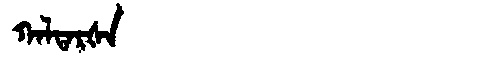
Manchu: ᡴᠠᠯᡨᠠᡵᡧᠠ
Romanization: KALTARŠA